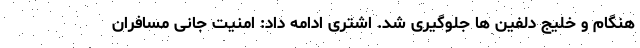
هنگام و خلیج دلفین ها جلوگیری شد. اشتری ادامه داد: امنیت جانی مسافران